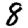
Digit: 8